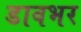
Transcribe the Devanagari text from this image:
डावभर